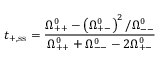
t _ { + , \ensuremath { \mathrm { s s } } } = \frac { \Omega _ { + + } ^ { 0 } - \left( \Omega _ { + - } ^ { 0 } \right) ^ { 2 } / \Omega _ { -- } ^ { 0 } } { \Omega _ { + + } ^ { 0 } + \Omega _ { -- } ^ { 0 } - 2 \Omega _ { + - } ^ { 0 } }